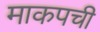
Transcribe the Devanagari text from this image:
माकपची